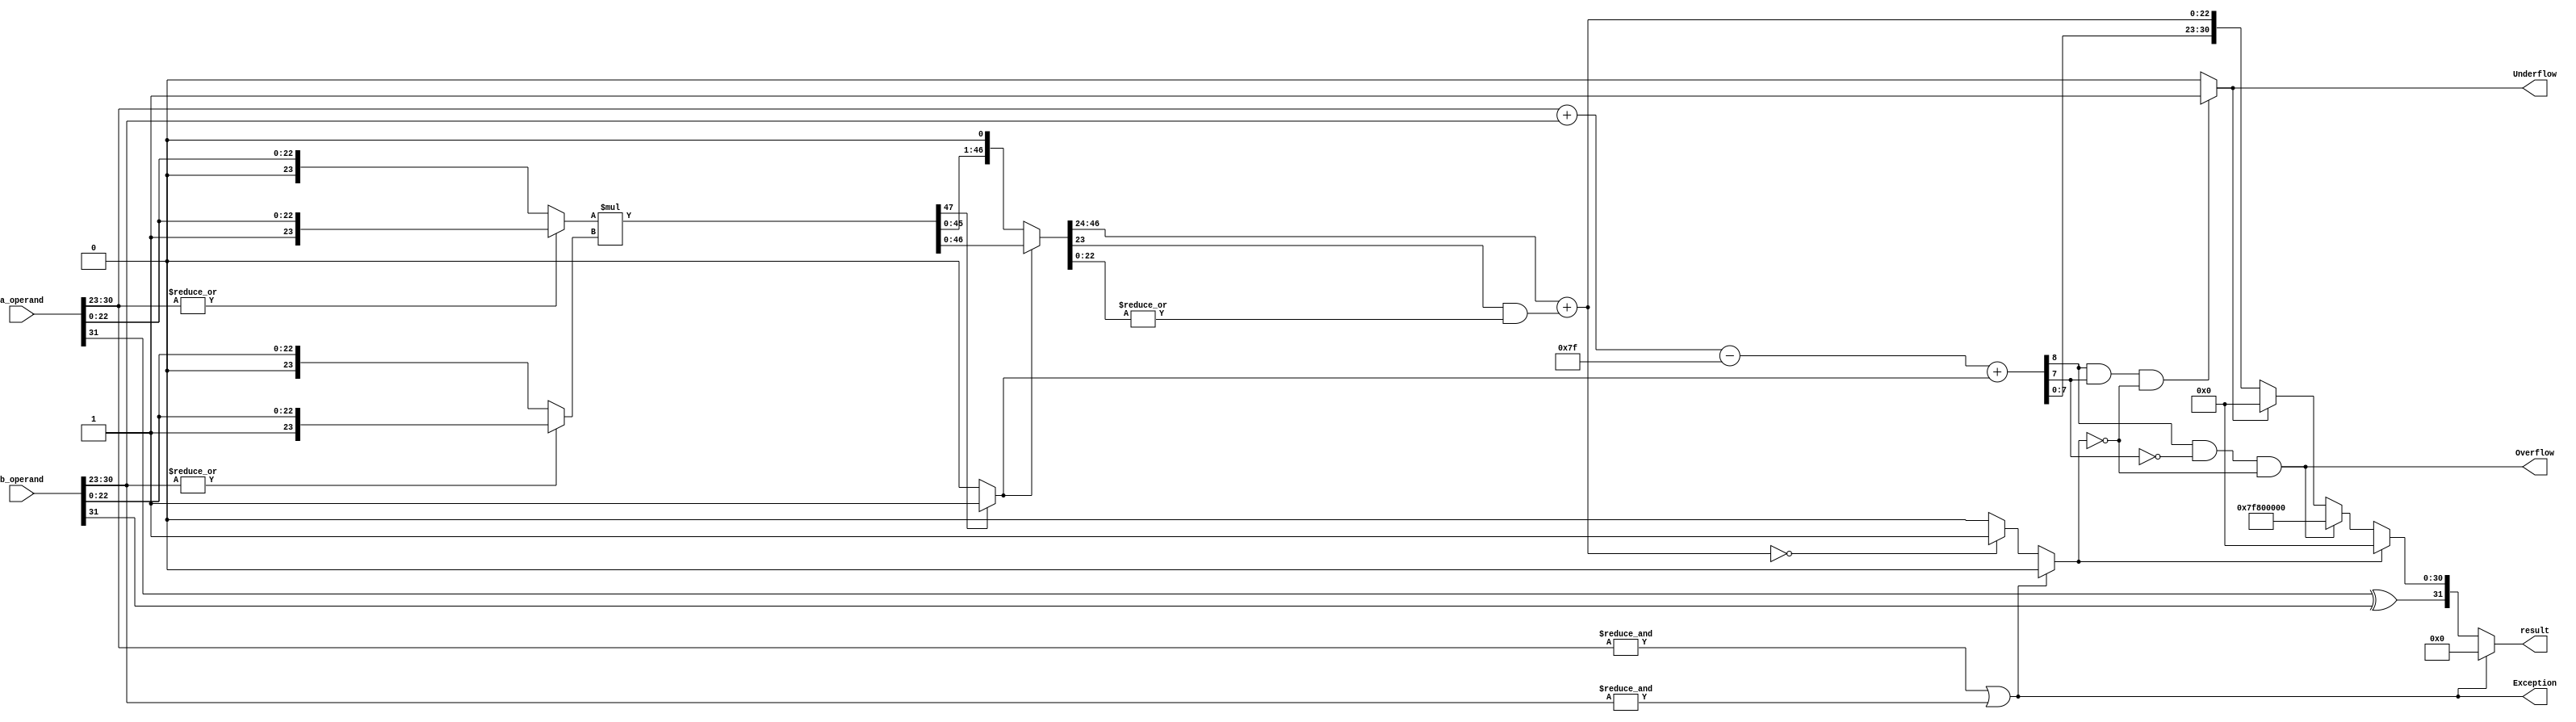
`timescale 1ns / 1ps
//////////////////////////////////////////////////////////////////////////////////
// Company: 
// Engineer: 
// 
// Design Name: 
// Module Name: Multiplication
// Project Name: 
// Target Devices: 
// Tool Versions: 
// Description: 
// 
// Dependencies: 
// 
// Revision:
// Revision 0.01 - File Created
// Additional Comments:
// 
//////////////////////////////////////////////////////////////////////////////////


module Multiplication(
		input [31:0] a_operand,
		input [31:0] b_operand,
		output Exception,Overflow,Underflow,
		output [31:0] result
		);

wire sign,product_round,normalised,zero;
wire [8:0] exponent,sum_exponent;
wire [22:0] product_mantissa;
wire [23:0] operand_a,operand_b;
wire [47:0] product,product_normalised; //48 Bits


assign sign = a_operand[31] ^ b_operand[31];

//Exception flag sets 1 if either one of the exponent is 255.
assign Exception = (&a_operand[30:23]) | (&b_operand[30:23]);

//Assigining significand values according to Hidden Bit.
//If exponent is equal to zero then hidden bit will be 0 for that respective significand else it will be 1

assign operand_a = (|a_operand[30:23]) ? {1'b1,a_operand[22:0]} : {1'b0,a_operand[22:0]};

assign operand_b = (|b_operand[30:23]) ? {1'b1,b_operand[22:0]} : {1'b0,b_operand[22:0]};

assign product = operand_a * operand_b;			//Calculating Product

assign product_round = |product_normalised[22:0];  //Ending 22 bits are OR'ed for rounding operation.

assign normalised = product[47] ? 1'b1 : 1'b0;	

assign product_normalised = normalised ? product : product << 1;	//Assigning Normalised value based on 48th bit

//Final Manitssa.
assign product_mantissa = product_normalised[46:24] + {21'b0,(product_normalised[23] & product_round)};

assign zero = Exception ? 1'b0 : (product_mantissa == 23'd0) ? 1'b1 : 1'b0;

assign sum_exponent = a_operand[30:23] + b_operand[30:23];

assign exponent = sum_exponent - 8'd127 + normalised;

assign Overflow = ((exponent[8] & !exponent[7]) & !zero) ; //If overall exponent is greater than 255 then Overflow condition.
//Exception Case when exponent reaches its maximu value that is 384.

//If sum of both exponents is less than 127 then Underflow condition.
assign Underflow = ((exponent[8] & exponent[7]) & !zero) ? 1'b1 : 1'b0; 

assign result = Exception ? 32'd0 : zero ? {sign,31'd0} : Overflow ? {sign,8'hFF,23'd0} : Underflow ? {sign,31'd0} : {sign,exponent[7:0],product_mantissa};


endmodule